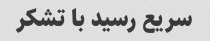
سریع رسید با تشکر